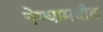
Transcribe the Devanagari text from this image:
नेण्यामधील